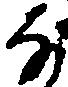
な